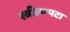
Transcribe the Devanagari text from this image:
स्त्रीलम्पटा